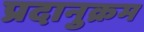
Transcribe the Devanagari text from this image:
प्रदानुक्रम